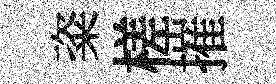
粢槎摧